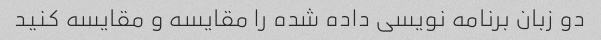
دو زبان برنامه نویسی داده شده را مقایسه و مقایسه کنید